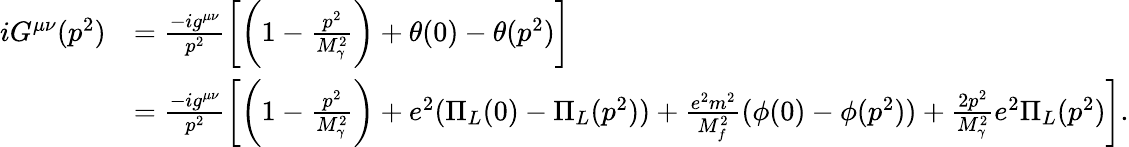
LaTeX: \begin{array}{rl}{iG^{\mu\nu}(p^{2})}&{=\frac{-ig^{\mu\nu}}{p^{2}}\biggl[\biggl(1-\frac{p^{2}}{M_{\gamma}^{2}}\biggr)+\theta(0)-\theta(p^{2})\biggr]}\\ &{=\frac{-ig^{\mu\nu}}{p^{2}}\biggl[\biggl(1-\frac{p^{2}}{M_{\gamma}^{2}}\biggr)+e^{2}(\Pi_{L}(0)-\Pi_{L}(p^{2}))+\frac{e^{2}m^{2}}{M_{f}^{2}}(\phi(0)-\phi(p^{2}))+\frac{2p^{2}}{M_{\gamma}^{2}}e^{2}\Pi_{L}(p^{2})\biggr].}\end{array}